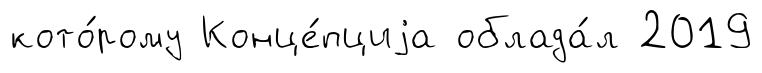
кото́рому Конце́пциjа облада́л 2019